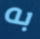
به